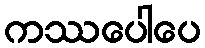
ကဿပေါပေ